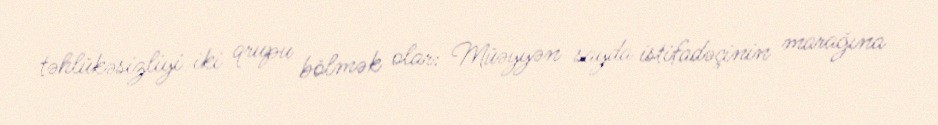
təhlükəsizliyi iki qrupu bölmək olar: Müəyyən sayda istifadəçinin marağına